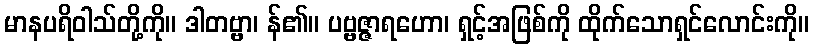
မာနပရိဝါသ်တို့ကို။ ဒါတဗ္ဗာ၊ န်၏။ ပဗ္ဗဇ္ဇာရဟော၊ ရှင့်အဖြစ်ကို ထိုက်သောရှင်လောင်းကို။